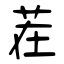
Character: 茬